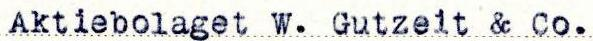
Aktiebolaget W. Gutzeit & Co.